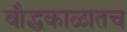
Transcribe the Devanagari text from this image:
बौद्धकाळातच